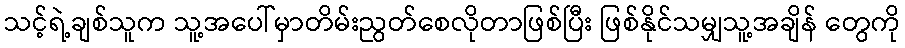
သင့်ရဲ့ချစ်သူက သူ့အပေါ်မှာတိမ်းညွတ်စေလိုတာဖြစ်ပြီး ဖြစ်နိုင်သမျှသူ့အချိန် တွေကို